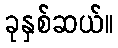
ခုနှစ်ဆယ်။